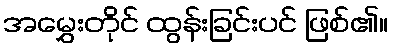
အမွှေးတိုင် ထွန်းခြင်းပင် ဖြစ်၏။